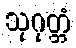
သုဂုတ္တံ